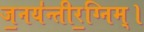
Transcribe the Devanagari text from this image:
ज॒नय॑न्तीर॒ग्निम्।